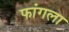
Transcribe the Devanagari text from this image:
फांगला